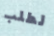
لطلب